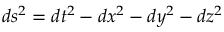
d s ^ { 2 } = d t ^ { 2 } - d x ^ { 2 } - d y ^ { 2 } - d z ^ { 2 }